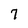
Character: 7